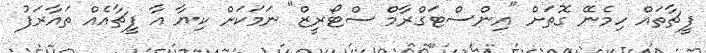
ފީޗާތައް ހިމެނޭ ގޮތަށް "އިންސްޓަގްރާމް ސްޓޯރީޒް" ނަމަކަށް ކިޔާ އާ ފީޗާއެއް ތައާރަފު